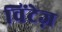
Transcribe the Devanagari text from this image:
विंटेज़